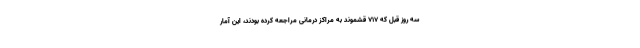
سه روز قبل که ۷۱۷ قشموند به مراکز درمانی مراجعه کرده بودند، این آمار